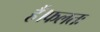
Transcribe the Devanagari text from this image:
हैं।फलतः